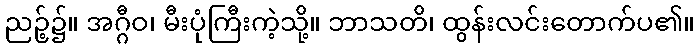
ညဉ့်၌။ အဂ္ဂီဝ၊ မီးပုံကြီးကဲ့သို့။ ဘာသတိ၊ ထွန်းလင်းတောက်ပ၏။